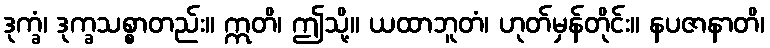
ဒုက္ခံ၊ ဒုက္ခသစ္စာတည်း။ ဣတိ၊ ဤသို့။ ယထာဘူတံ၊ ဟုတ်မှန်တိုင်း။ နပဇာနာတိ၊